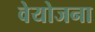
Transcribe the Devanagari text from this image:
वेयोजना